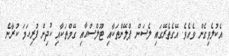
އެކުލެވިގެން ވެއެވެ. އޭގެތެރޭގައި ލެސަން ޕްލޭންތަކާއި ޓޫލްސްއާއި ގޭމްތަކާއި ކުދިން ފުރިހަމަ ކުރާނެ